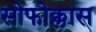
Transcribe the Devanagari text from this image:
सोफोक्लास